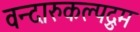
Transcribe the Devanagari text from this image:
वन्दारुकल्पद्रुम